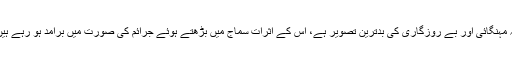
یہ مہنگائی اور بے روزگاری کی بدترین تصویر ہے، اس کے اثرات سماج میں بڑھتے ہوئے جرائم کی صورت میں برامد ہو رہے ہیں۔